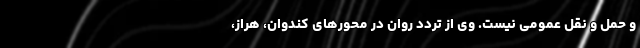
و حمل و نقل عمومی نیست. وی از تردد روان در محورهای کندوان، هراز،